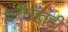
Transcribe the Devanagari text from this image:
शरीरांतही